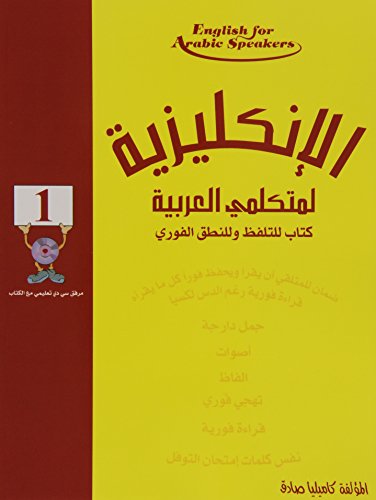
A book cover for English for Arabic Speakers by Camilia Sadik; Camilia Sadik; Children's Books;